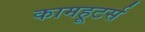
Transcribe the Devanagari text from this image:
कामहूटर्स